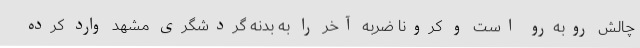
چالش روبه‌رو است و کرونا ضربه آخر را به بدنه گردشگری مشهد وارد کرده‌